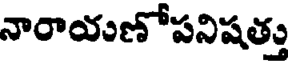
నారాయణోపనిషత్తు